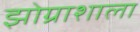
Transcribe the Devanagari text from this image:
झोग्राशाला